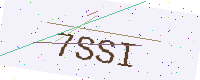
Text: 7SSI